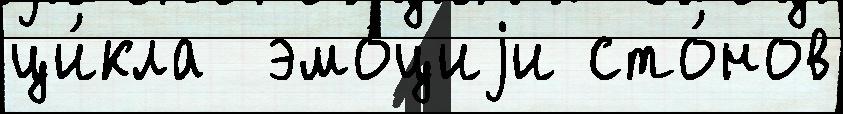
ци́кла  эмо́циjи сто́нов